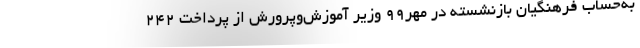
به‌حساب فرهنگیان بازنشسته در مهر۹۹ وزیر آموزش‌وپرورش از پرداخت ۲۴۲